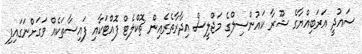
ސައުދީ އަރަބިއްޔާގެ ޝޫރާ ކައުންސިލްގެ މަޖްލީސް އިދާރާތެރެއިން ޗޮކްލެޓް ފޮއްޓަކާއި ފައިސާތަކެއް ވަގަށްނަގައިފި